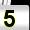
Digit: 5